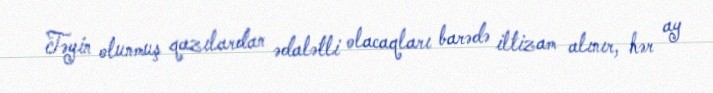
Təyin olunmuş qazılardan ədalətli olacaqları barədə iltizam alınır, hər ay